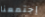
إجتمعنا